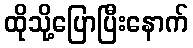
ထိုသို့ပြောပြီးနောက်